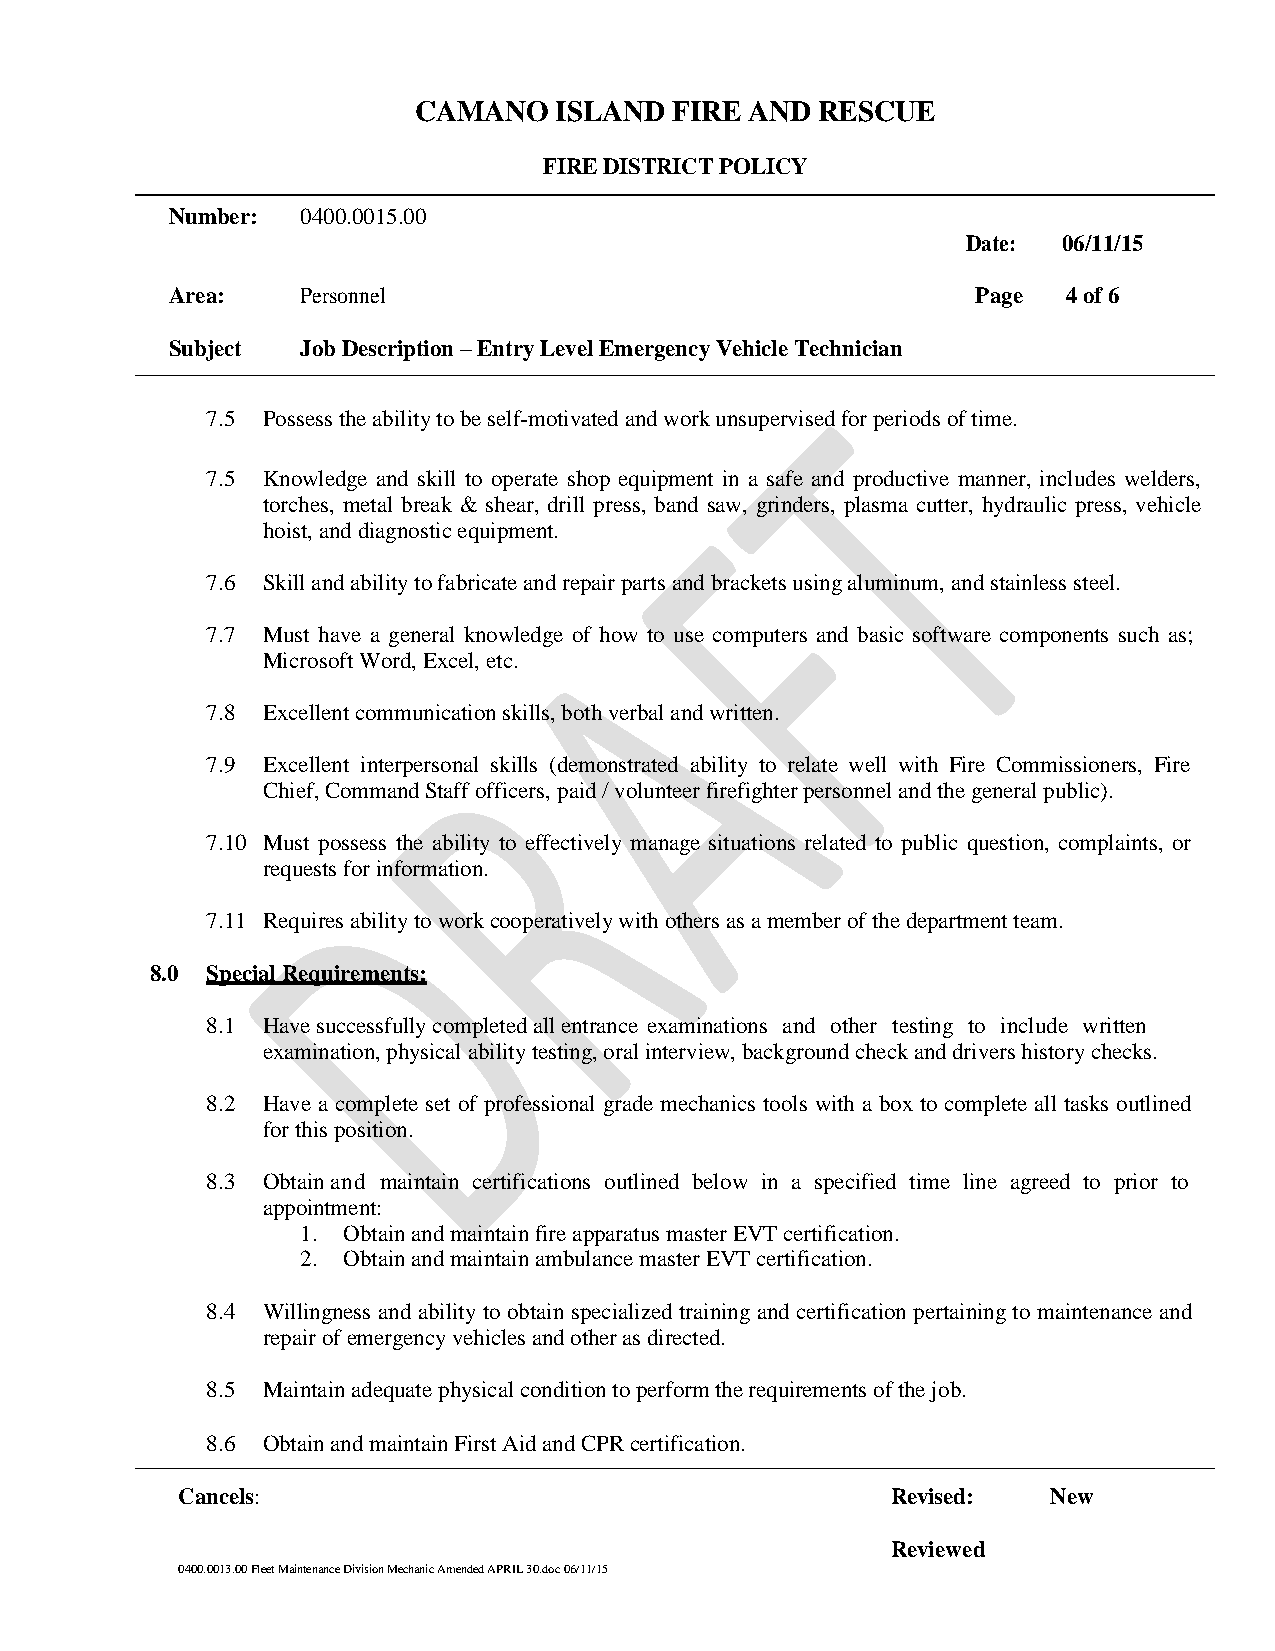
CAMANO    ISLAND FIRE  AND RESCUE
 FIRE DISTRICT POLICY
 Number:  0400.0015.00
 Date: 06/11/15
 Area:    Personnel                                    Page  4 of 6
 Subject  Job Description – Entry Level Emergency Vehicle Technician
 7.5 Possess the ability to be self-motivated and work unsupervised for periods of time.
 7.5 Knowledge and skill to operate shop equipment in a safe and productive manner, includes welders,
 torches, metal break & shear, drill press, band saw, grinders, plasma cutter, hydraulic press, vehicle
 hoist, and diagnostic equipment.
 7.6 Skill and ability to fabricate and repair parts and brackets using aluminum, and stainless steel.
 7.7 Must have a general knowledge of how to use computers and basic software components such as;
 Microsoft Word, Excel, etc.
 7.8 Excellent communication skills, both verbal and written.
 7.9 Excellent interpersonal skills (demonstrated ability to relate well with Fire Commissioners, Fire
 Chief, Command Staff officers, paid / volunteer firefighter personnel and the general public).
 7.10 Must possess the ability to effectively manage situations related to public question, complaints, or
 requests for information.
 7.11 Requires ability to work cooperatively with others as a member of the department team.
 8.0 Special Requirements;
 8.1 Have successfully completed all entrance examinations and other testing to include written
 examination, physical ability testing, oral interview, background check and drivers history checks.
 8.2 Have a complete set of professional grade mechanics tools with a box to complete all tasks outlined
 for this position.
 8.3 Obtain and maintain certifications outlined below in a specified time line agreed to prior to
 appointment:
 1. Obtain and maintain fire apparatus master EVT certification.
 2. Obtain and maintain ambulance master EVT certification.
 8.4 Willingness and ability to obtain specialized training and certification pertaining to maintenance and
 repair of emergency vehicles and other as directed.
 8.5 Maintain adequate physical condition to perform the requirements of the job.
 8.6 Obtain and maintain First Aid and CPR certification.
 Cancels:                                       Revised:   New
 Reviewed
 0400.0013.00 Fleet Maintenance Division Mechanic Amended APRIL 30.doc 06/11/15